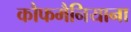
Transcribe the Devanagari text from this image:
कौफमैनियाना